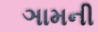
ઞામની